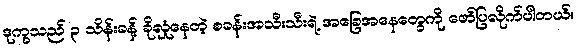
ဒုက္ခသည် ၃ သိန်းခန့် ခိုလှုံနေတဲ့ စခန်းအသီးသီးရဲ့ အခြေအနေတွေကို ဖော်ပြလိုက်ပါတယ်။